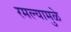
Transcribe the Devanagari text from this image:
रमल्यामुळे